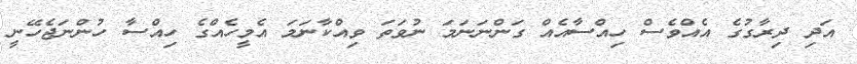
އަދި ދިރާގުގެ އެއްވެސް ހިއްސާއެއް ގަންނަނަމަ ނުވަތަ ވިއްކާނަމަ އެމީހެއްގެ ހިއްސާ ހުންނަޖެހޭނީ